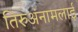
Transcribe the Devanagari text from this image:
तिरुअंनामलाई